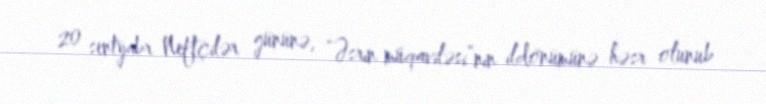
20 sentyabr Neftçilər gününə, “Əsrin müqaviləsi”nin ildönümünə həsr olunub